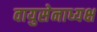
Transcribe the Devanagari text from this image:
वायुसेनाध्यक्ष